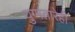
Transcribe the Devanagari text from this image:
युग्मतारेही